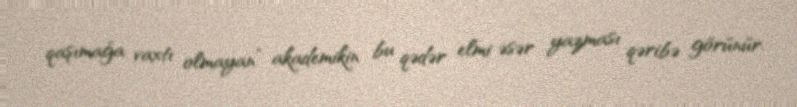
qaşımağa vaxtı olmayan” akademikin bu qədər elmi əsər yazması qəribə görünür.